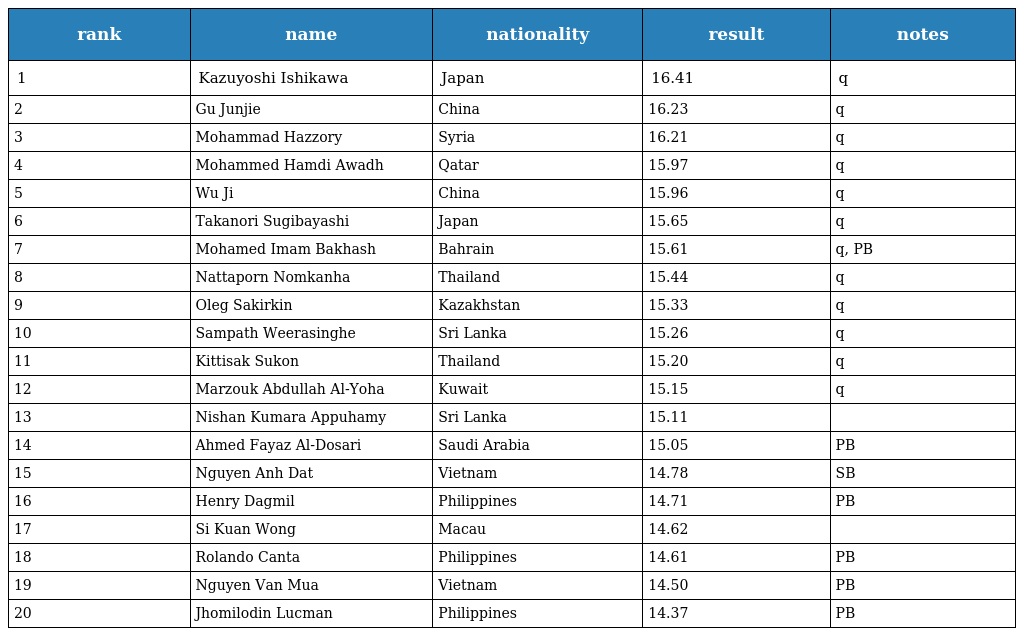
| rank | name | nationality | result | notes |
 | --- | --- | --- | --- | --- |
 | 1 | Kazuyoshi Ishikawa | Japan | 16.41 | q |
 | 2 | Gu Junjie | China | 16.23 | q |
 | 3 | Mohammad Hazzory | Syria | 16.21 | q |
 | 4 | Mohammed Hamdi Awadh | Qatar | 15.97 | q |
 | 5 | Wu Ji | China | 15.96 | q |
 | 6 | Takanori Sugibayashi | Japan | 15.65 | q |
 | 7 | Mohamed Imam Bakhash | Bahrain | 15.61 | q, PB |
 | 8 | Nattaporn Nomkanha | Thailand | 15.44 | q |
 | 9 | Oleg Sakirkin | Kazakhstan | 15.33 | q |
 | 10 | Sampath Weerasinghe | Sri Lanka | 15.26 | q |
 | 11 | Kittisak Sukon | Thailand | 15.20 | q |
 | 12 | Marzouk Abdullah Al-Yoha | Kuwait | 15.15 | q |
 | 13 | Nishan Kumara Appuhamy | Sri Lanka | 15.11 |  |
 | 14 | Ahmed Fayaz Al-Dosari | Saudi Arabia | 15.05 | PB |
 | 15 | Nguyen Anh Dat | Vietnam | 14.78 | SB |
 | 16 | Henry Dagmil | Philippines | 14.71 | PB |
 | 17 | Si Kuan Wong | Macau | 14.62 |  |
 | 18 | Rolando Canta | Philippines | 14.61 | PB |
 | 19 | Nguyen Van Mua | Vietnam | 14.50 | PB |
 | 20 | Jhomilodin Lucman | Philippines | 14.37 | PB |